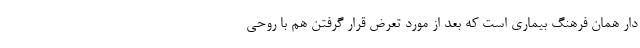
دار همان فرهنگ بیماری است که بعد از مورد تعرض قرار گرفتن هم با روحی